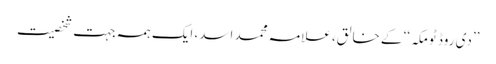
’’دی روڈ ٹومکہ‘‘ کے خالق، علامہ محمد اسد، ایک ہمہ جہت شخصیت